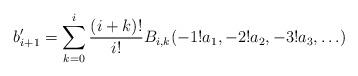
LaTeX: \begin{align*}b'_{i+1} = \sum_{k=0}^{i} \frac{(i+k)!}{i!}B_{i,k}(-1!a_1, -2!a_2, -3!a_3, \ldots)\end{align*}